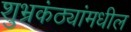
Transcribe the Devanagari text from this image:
शुभ्रकंठ्यांमधील